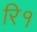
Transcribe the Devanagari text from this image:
रि१